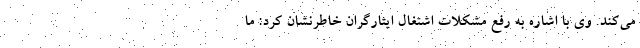
می‌کند. وی با اشاره به رفع مشکلات اشتغال ایثارگران خاطرنشان کرد: ما